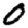
Digit: 0